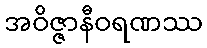
အဝိဇ္ဇာနီဝရဏဿ